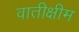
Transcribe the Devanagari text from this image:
वातीक्षीम